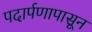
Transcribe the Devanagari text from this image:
पदार्पणापासून